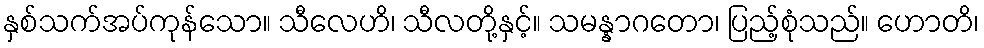
နှစ်သက်အပ်ကုန်သော။ သီလေဟိ၊ သီလတို့နှင့်။ သမန္နာဂတော၊ ပြည့်စုံသည်။ ဟောတိ၊